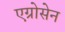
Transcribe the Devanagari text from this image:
एग्रोसेन